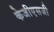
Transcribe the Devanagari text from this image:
केजीएसजी